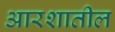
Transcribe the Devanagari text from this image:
आरशातील